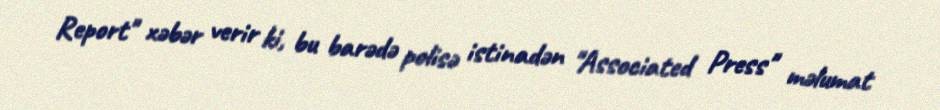
Report" xəbər verir ki, bu barədə polisə istinadən "Associated Press" məlumat